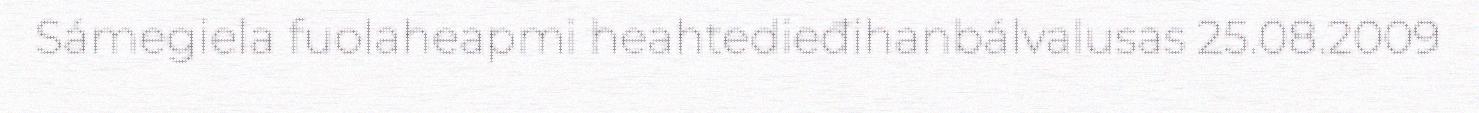
Sámegiela fuolaheapmi heahtedieđihanbálvalusas 25.08.2009